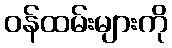
ဝန်ထမ်းများကို